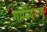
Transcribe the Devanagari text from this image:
गोविंदराजु